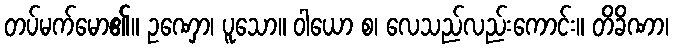
တပ်မက်မော၏။ ဥဏှော၊ ပူသော။ ဝါယော စ၊ လေသည်လည်းကောင်း။ တိခိဏာ၊